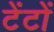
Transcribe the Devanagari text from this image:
टेंटों